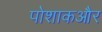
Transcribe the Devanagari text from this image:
पोशाकऔर